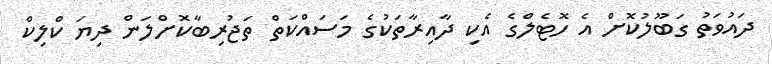
ދައުވަތު ގަބޫލުކޮށް އެ ހޮޓެލްގެ އެކި ދާއިރާތަކުގެ މަސައްކަތް ތަޖުރިބާކޮށްލަން ދިޔަ ކްލިކް